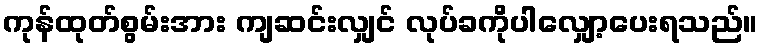
ကုန်ထုတ်စွမ်းအား ကျဆင်းလျှင် လုပ်ခကိုပါလျှော့ပေးရသည်။